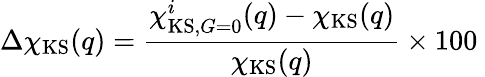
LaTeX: \Delta\chi_{\mathrm{KS}}(q)=\frac{\chi_{\mathrm{KS},G=0}^{i}(q)-\chi_{\mathrm{KS}}(q)}{\chi_{\mathrm{KS}}(q)}\times 100\